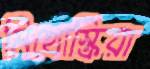
মিথোস্ক্রিয়া